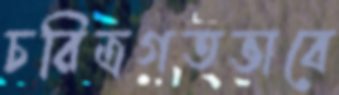
চরিত্রগতভাবে